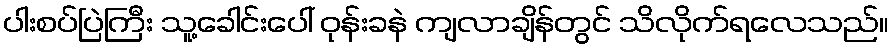
ပါးစပ်ပြဲကြီး သူ့ခေါင်းပေါ် ဝုန်းခနဲ ကျလာချိန်တွင် သိလိုက်ရလေသည်။